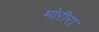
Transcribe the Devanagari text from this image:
मोरीरा